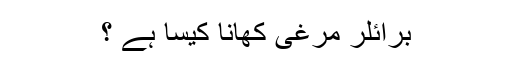
برائلر مرغی کھانا کیسا ہے ؟